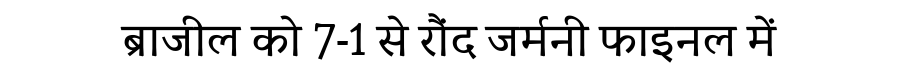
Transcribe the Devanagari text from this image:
ब्राजील को 7-1 से रौंद जर्मनी फाइनल में